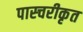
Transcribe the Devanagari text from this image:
पास्चरीकृत